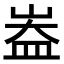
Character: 𪨻